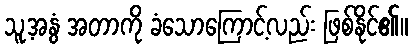
သူ့အနွံ အတာကို ခံသောကြောင့်လည်း ဖြစ်နိုင်၏။